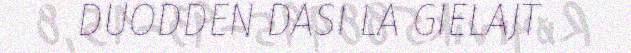
DUODDEN DASI LA GIELAJT